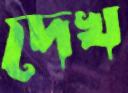
দেখ